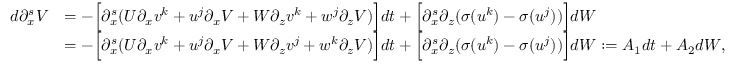
\begin{array} { r l } { d \partial _ { x } ^ { s } V } & { = - \Big [ \partial _ { x } ^ { s } ( U \partial _ { x } v ^ { k } + u ^ { j } \partial _ { x } V + W \partial _ { z } v ^ { k } + w ^ { j } \partial _ { z } V ) \Big ] d t + \Big [ \partial _ { x } ^ { s } \partial _ { z } ( \sigma ( u ^ { k } ) - \sigma ( u ^ { j } ) ) \Big ] d W } \\ & { = - \Big [ \partial _ { x } ^ { s } ( U \partial _ { x } v ^ { k } + u ^ { j } \partial _ { x } V + W \partial _ { z } v ^ { j } + w ^ { k } \partial _ { z } V ) \Big ] d t + \Big [ \partial _ { x } ^ { s } \partial _ { z } ( \sigma ( u ^ { k } ) - \sigma ( u ^ { j } ) ) \Big ] d W : = A _ { 1 } d t + A _ { 2 } d W , } \end{array}